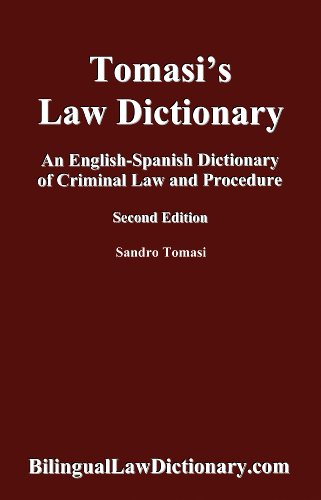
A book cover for An English-Spanish Dictionary of Criminal Law and Procedure (Tomasi's Law Dictionary). Second Edition (Bilingual Edition) (Spanish Edition); Sandro Tomasi; Law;